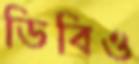
ডিবিও